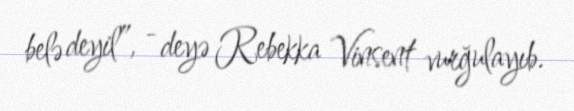
belə deyil”, - deyə Rebekka Vinsent vurğulayıb.